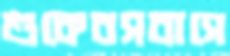
শুকেবসবাসে